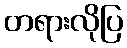
တရားလိုပြ